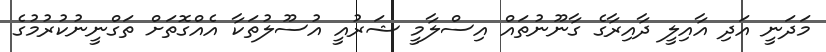
މަދަނީ އަދި އާއިލީ ދާއިރާގެ ގާނޫނުތައް އިސްލާމީ ޝަރުއީ އުސޫލުތަކާ އެއްގޮތަށް ތަގްނީނުކުރުމުގެ